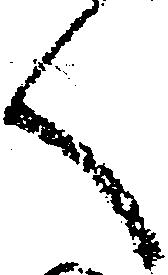
く